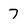
Character: 7